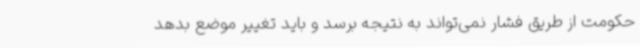
حکومت از طریق فشار نمی‌تواند به نتیجه برسد و باید تغییر موضع بدهد